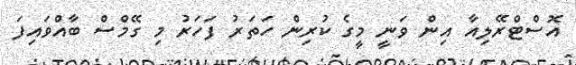
އޮސްޓްރޭލިއާ އިން ވަނީ މީގެ ކުރިން ހަތަރު ފަހަރު މި ގޭމްސް ބާއްވައިފަ